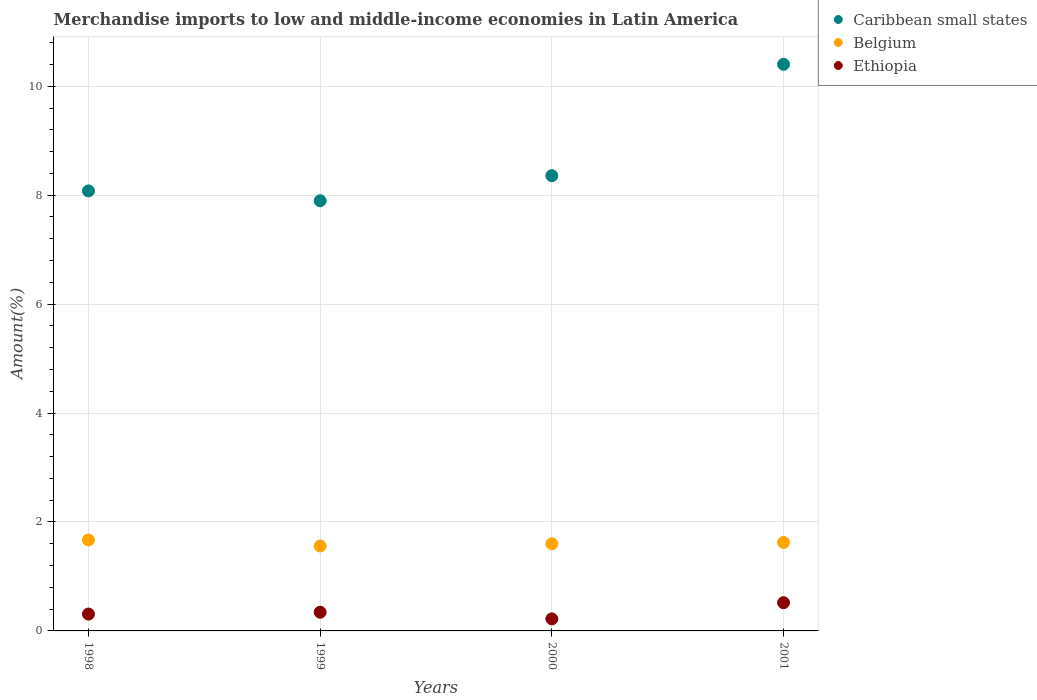
| Years | Caribbean small states | Belgium | Ethiopia |
 | --- | --- | --- | --- |
 | 1998 | 8.08 | 1.67 | 0.31 |
 | 1999 | 7.9 | 1.56 | 0.343 |
 | 2000 | 8.36 | 1.6 | 0.221 |
 | 2001 | 10.4 | 1.63 | 0.518 |